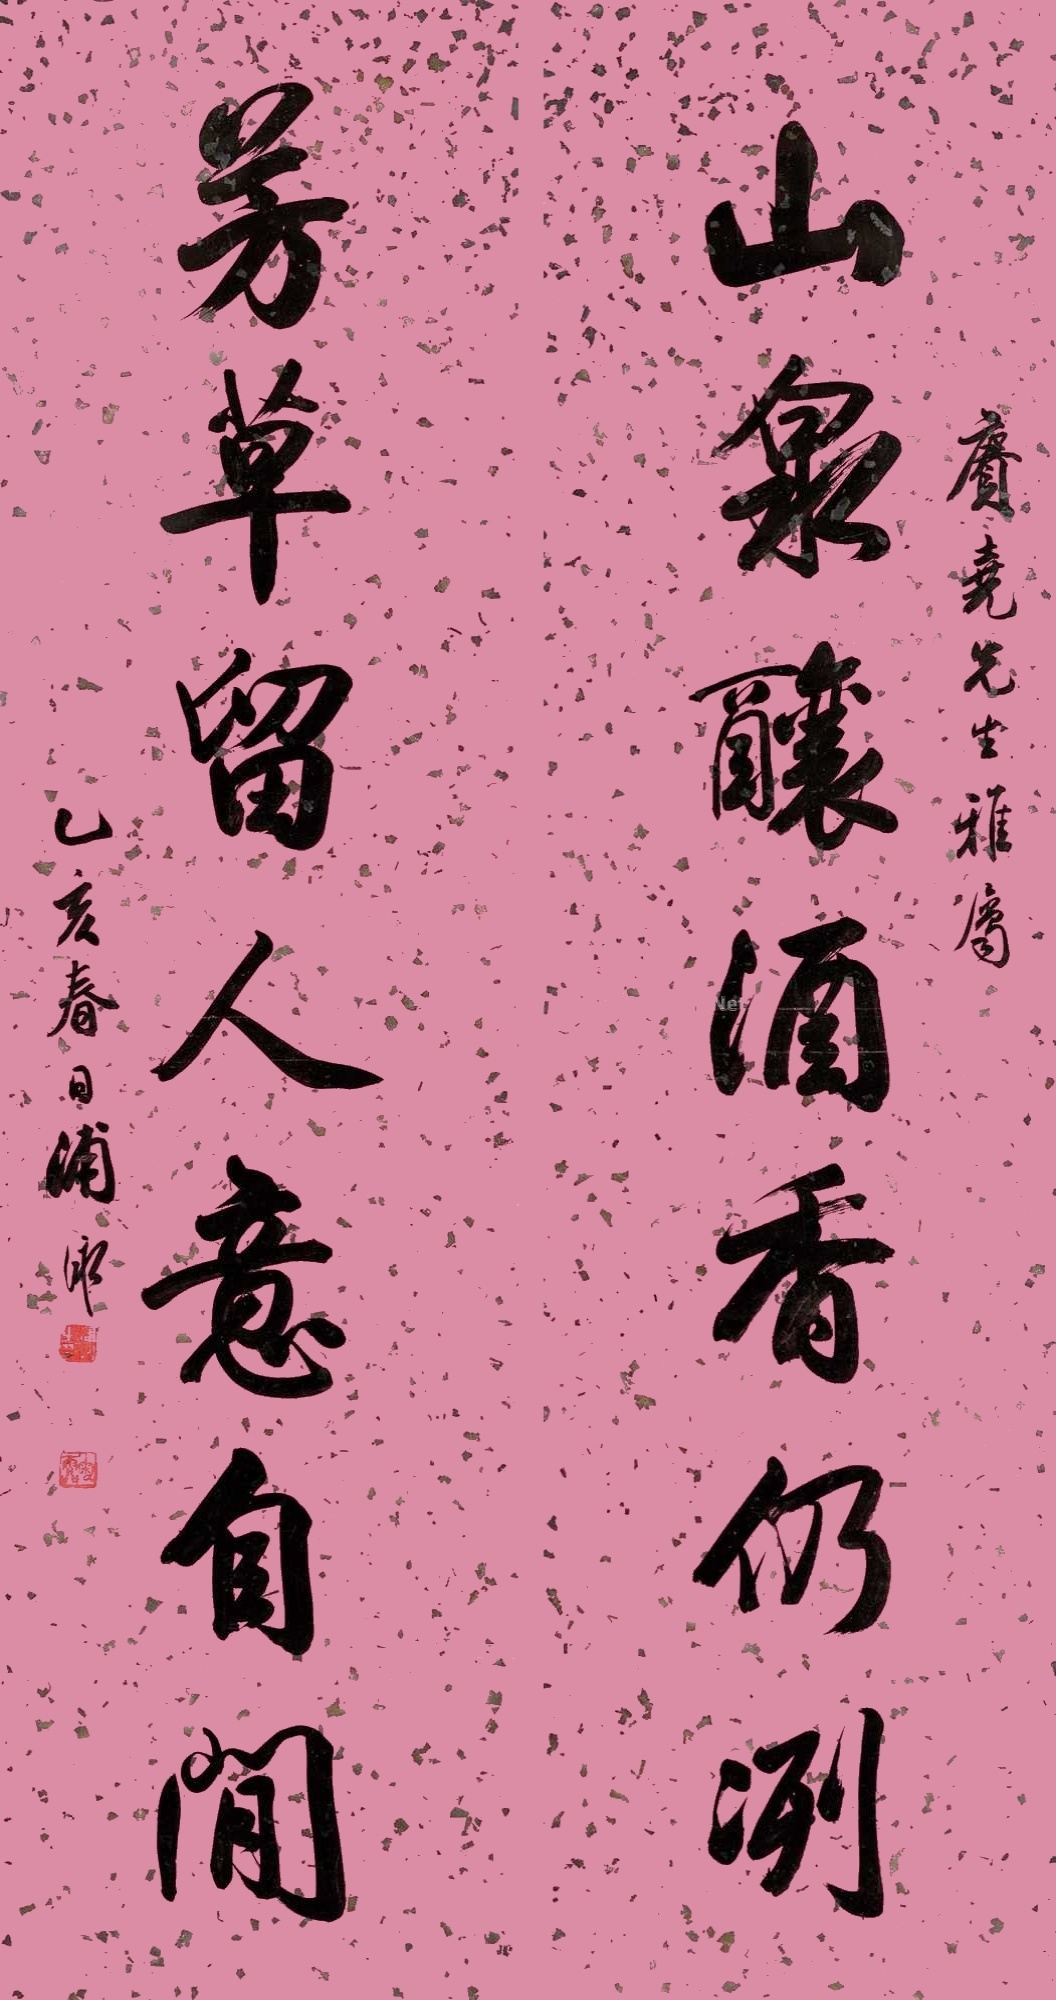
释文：山泉酿酒香仍冽，芳草留人意自闲。赓尧先生雅属。乙亥春日浦泳。